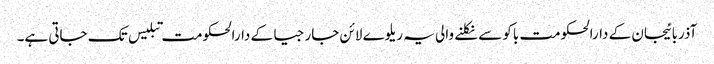
آذربائیجان کے دارالحکومت باکو سے نکلنے والی یہ ریلوے لائن جارجیا کے دارالحکومت تبلیس تک جاتی ہے۔